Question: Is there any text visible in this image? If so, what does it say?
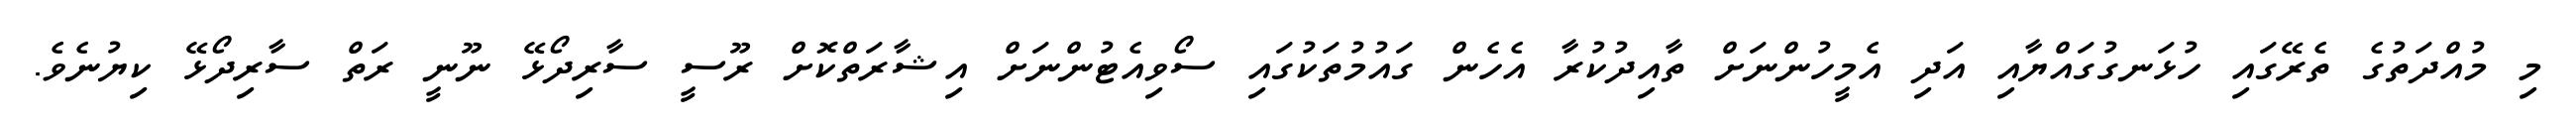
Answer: މި މުއްދަތުގެ ތެރޭގައި ހުޅަނގުގައްޔާއި އަދި އެމީހުންނަށް ތާއިދުކުރާ އެހެން ގައުމުތަކުގައި ސޯވިއެޓުންނަށް އިޝާރަތްކޮށް ރޫސީ ސާރިދޯޅޭ ނޫނީ ރަތް ސާރިދޯޅޭ ކިޔުނެވެ.